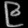
Digit: ၉